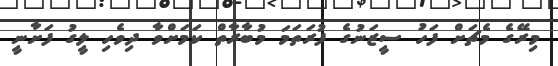
މިރޭގެ މެޗަށް ފަހު ސީޒަނުގެ ފުރަތަމަ މުބާރާތް ކަމަށްވާ ދިވެހި ލީގު ފަށާނީ